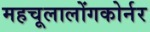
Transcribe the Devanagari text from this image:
महचूलालोंगकोर्नर